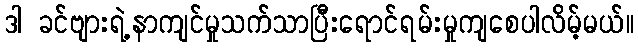
ဒါ ခင်ဗျားရဲ့နာကျင်မှုသက်သာပြီးရောင်ရမ်းမှုကျစေပါလိမ့်မယ်။